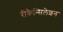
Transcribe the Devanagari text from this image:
रीकैन्सिलेशन